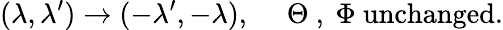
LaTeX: (\lambda,\lambda^{\prime})\rightarrow(-\lambda^{\prime},-\lambda),\quad\mathrm{~\Theta~,~\Phi~unchanged.}